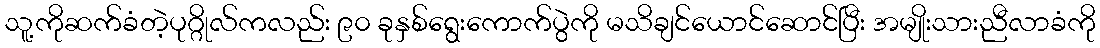
သူ့ကိုဆက်ခံတဲ့ပုဂ္ဂိုလ်ကလည်း ၉၀ ခုနှစ်ရွေးကောက်ပွဲကို မသိချင်ယောင်ဆောင်ပြီး အမျိုးသားညီလာခံကို